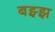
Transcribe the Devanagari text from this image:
बझ्झ